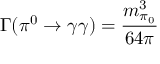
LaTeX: \Gamma ( \pi ^ { 0 } \rightarrow \gamma \gamma ) = \frac { m _ { \pi _ { 0 } } ^ { 3 } } { 6 4 \pi }